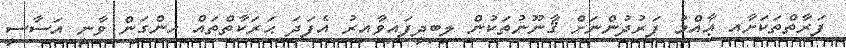
ފަރާތްތަކަށާއި ޢާއްމު ފަރުދުންނަށް ޤާނޫނުތަކުން ލިބިދީފައިވާއިރު އެފަދަ ޙަރަކާތްތައް ހިންގަން ވާނީ އަސާސީ